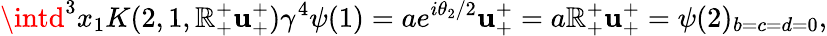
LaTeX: \intd^{3}x_{1}K(2,1,\mathbb{R}_{+}^{+}\mathbf{u}_{+}^{+})\gamma^{4}\psi(1)=ae^{i\theta_{2}/2}\mathbf{u}_{+}^{+}=a\mathbb{R}_{+}^{+}\mathbf{u}_{+}^{+}=\psi(2)_{b=c=d=0},